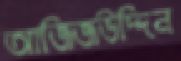
আজিজউদ্দিন